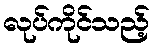
လုပ်ကိုင်သည့်